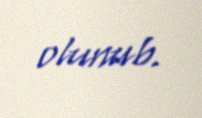
olunub.